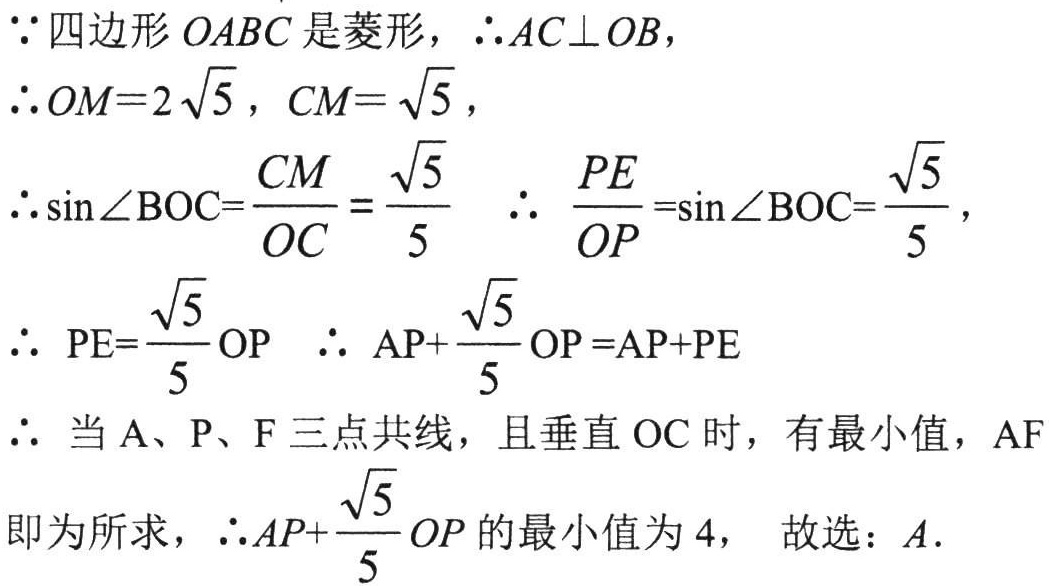
\(\because\)四边形\(OABC\)是菱形，\(\therefore AC\perp OB\)，
\(\therefore OM = 2\sqrt{5}\)，\(CM=\sqrt{5}\)，
\(\therefore \sin\angle BOC=\frac{CM}{OC}=\frac{\sqrt{5}}{5}\) \(\therefore \frac{PE}{OP}=\sin\angle BOC=\frac{\sqrt{5}}{5}\)，
\(\therefore PE=\frac{\sqrt{5}}{5}OP\) \(\therefore AP + \frac{\sqrt{5}}{5}OP=AP + PE\)
\(\therefore\) 当\(A\)、\(P\)、\(F\)三点共线，且垂直\(OC\)时，有最小值，\(AF\)
即为所求，\(\therefore AP+\frac{\sqrt{5}}{5}OP\)的最小值为\(4\)， 故选：\(A\).